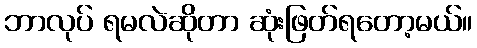
ဘာလုပ် ရမလဲဆိုတာ ဆုံးဖြတ်ရတော့မယ်။